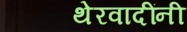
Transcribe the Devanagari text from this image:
थेरवादींनी